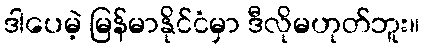
ဒါပေမဲ့ မြန်မာနိုင်ငံမှာ ဒီလိုမဟုတ်ဘူး။